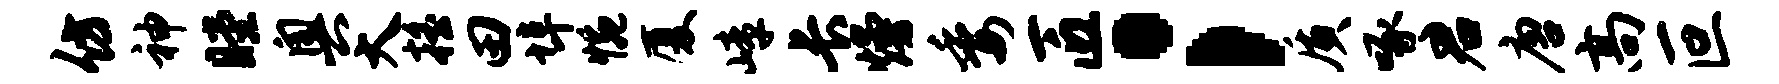
仿神瞠奥大摇田埠惋厦嶂长熳委匠；质啄君唐高叵